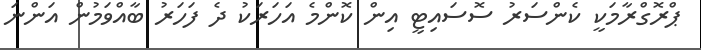
ޕްރޮގްރާމަކީ ކެންސަރު ސޮސައިޓީ އިން ކޮންމެ އަހަރަކު ދެ ފަހަރު ބާއްވަމުން އަންނަ